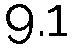
9.1